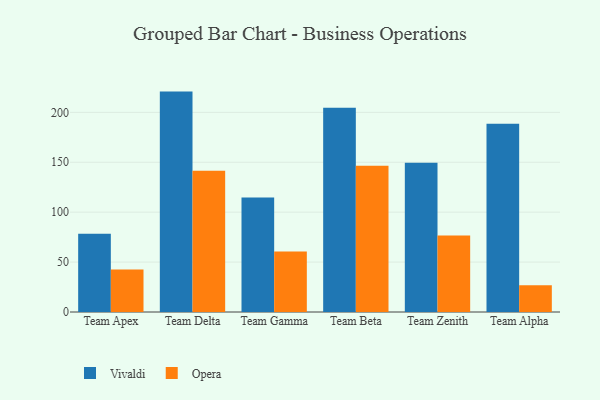
{"axis": {"x": "Team", "y": "Backlog"}, "legend": ["Opera", "Vivaldi"], "data": [{"x": "Team Apex", "y": 78.4, "type": "Vivaldi"}, {"x": "Team Apex", "y": 42.7, "type": "Opera"}, {"x": "Team Delta", "y": 220.8, "type": "Vivaldi"}, {"x": "Team Delta", "y": 141.4, "type": "Opera"}, {"x": "Team Gamma", "y": 114.7, "type": "Vivaldi"}, {"x": "Team Gamma", "y": 60.7, "type": "Opera"}, {"x": "Team Beta", "y": 204.6, "type": "Vivaldi"}, {"x": "Team Beta", "y": 146.5, "type": "Opera"}, {"x": "Team Zenith", "y": 149.6, "type": "Vivaldi"}, {"x": "Team Zenith", "y": 76.6, "type": "Opera"}, {"x": "Team Alpha", "y": 188.5, "type": "Vivaldi"}, {"x": "Team Alpha", "y": 26.9, "type": "Opera"}]}